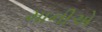
માનીએ